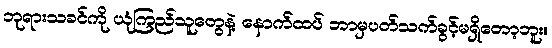
ဘုရားသခင်ကို ယုံကြည်သူတွေနဲ့ နောက်ထပ် ဘာမှပတ်သက်ခွင့်မရှိတော့ဘူး။